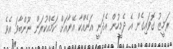
ރަމީޒު ގޮވައިގެން އެ ދެމީހުން އެދަނީ އަނެއްކާ އޭނާއަށް ކަމެއްކުރަން ނޫންބާވަ އެވެ